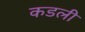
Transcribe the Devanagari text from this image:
कडली